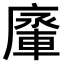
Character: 𨌱